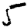
Digit: 5